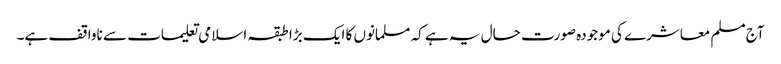
آج مسلم معاشرے کی موجودہ صورت حال یہ ہے کہ مسلمانوں کا ایک بڑا طبقہ اسلامی تعلیمات سے ناواقف ہے۔